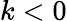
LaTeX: k<0